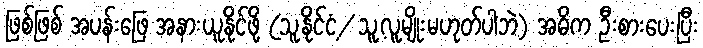
ဖြစ်ဖြစ် အပန်းဖြေ အနားယူနိုင်ဖို့ (သူ့နိုင်ငံ/ သူ့လူမျိုးမဟုတ်ပါဘဲ) အဓိက ဦးစားပေးပြီး